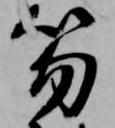
笏